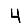
Digit: 4